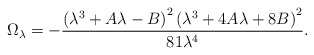
\begin{align*}\Omega_{\lambda} = -\frac{\left(\lambda^3 + A\lambda - B\right)^2\left(\lambda^3 + 4A\lambda + 8B\right)^2}{81\lambda^4}.\end{align*}